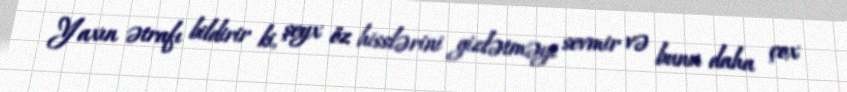
Yaxın ətrafı bildirir ki, şeyx öz hisslərini gizlətməyi sevmir və bunu daha çox